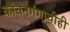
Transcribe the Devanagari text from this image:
कांचनगंगाचीही